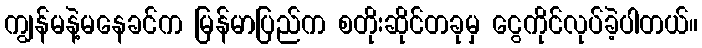
ကျွန်မနဲ့မနေခင်က မြန်မာပြည်က စတိုးဆိုင်တခုမှ ငွေကိုင်လုပ်ခဲ့ပါတယ်။